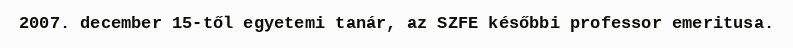
2007. december 15-től egyetemi tanár, az SZFE későbbi professor emeritusa.